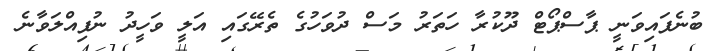
ބުނެފައިވަނީ ޕާސްޕޯޓް ދޫކުރާ ހަތަރު މަސް ދުވަހުގެ ތެރޭގައި އަލީ ވަހީދު ނުފިއްލަވާނެ